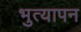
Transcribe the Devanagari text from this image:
भुत्यापन